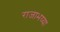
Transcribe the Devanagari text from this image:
राजाभय्या